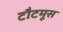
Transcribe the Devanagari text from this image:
टौटमूस